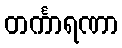
တင်္ကာရဏာ